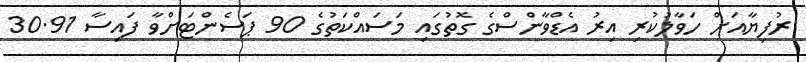
ރުފިޔާއަށް ހަވާލުކުރި އިރު އެޑްވާންސްގެ ގޮތުގައި މަސައްކަތުގެ 90 ޕަސެންޓަށްވާ ފައިސާ 30.91